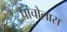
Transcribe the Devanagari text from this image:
पांचोलास